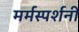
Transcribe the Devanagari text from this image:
मर्मस्पर्शनी